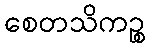
စေတသိကဉ္စ